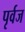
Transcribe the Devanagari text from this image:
पृर्वज